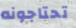
تحتاجونه